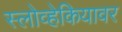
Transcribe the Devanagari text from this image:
स्लोव्हेकियावर